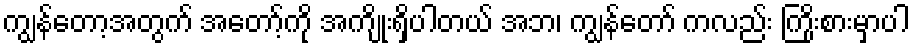
ကျွန်တော့အတွက် အတော့်ကို အကျိုးရှိပါတယ် အဘ၊ ကျွန်တော် ကလည်း ကြိုးစားမှာပါ